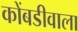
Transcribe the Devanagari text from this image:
कोंबडीवाला